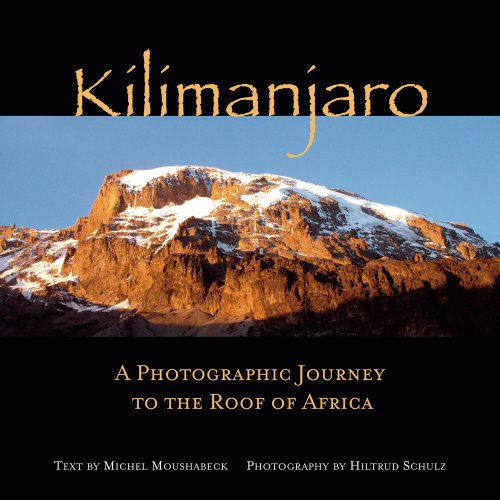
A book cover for Kilimanjaro: A Photographic Journey to the Roof of Africa; Michel Moushabeck; Sports & Outdoors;